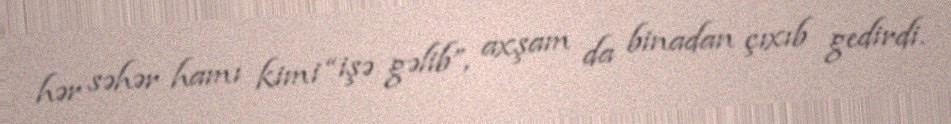
hər səhər hamı kimi “işə gəlib”, axşam da binadan çıxıb gedirdi.